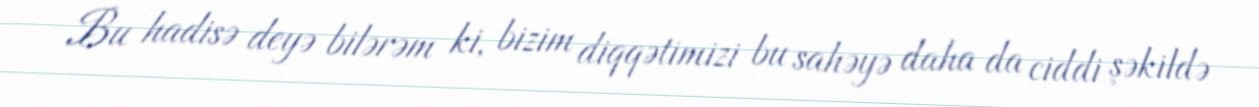
Bu hadisə deyə bilərəm ki, bizim diqqətimizi bu sahəyə daha da ciddi şəkildə